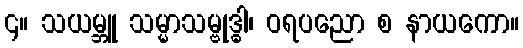
၄။ သယမ္ဘူ သမ္မာသမ္ဗုဒ္ဓါ၊ ဝရပညော စ နာယကော။